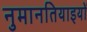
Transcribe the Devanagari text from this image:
नुमानतियाइयों